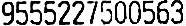
9555227500563